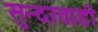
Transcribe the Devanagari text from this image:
सुन्दरवाडी